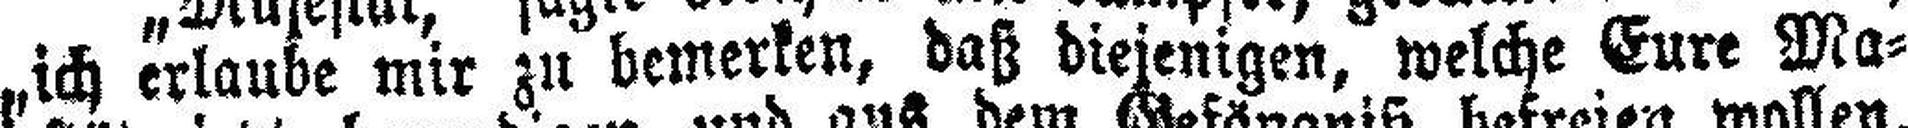
„ich erlaube mir zu bemerken, daß diejenigen, welche Eure Ma¬